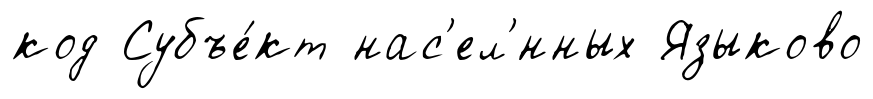
код Субъе́кт нас'ел'́нных Языково